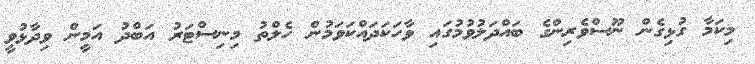
މިކަމާ ގުޅިގެން ނޫސްވެރިންގެ ބައްދަލުވުމުގައި ވާހަކަދައްކަވަމުން ހެލްތު މިނިސްޓަރު އަބްދު އަމީން ވިދާޅުވީ